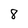
Character: 8